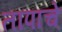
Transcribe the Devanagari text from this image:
तापाचे